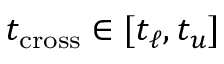
t _ { \mathrm { c r o s s } } \in [ t _ { \ell } , t _ { u } ]